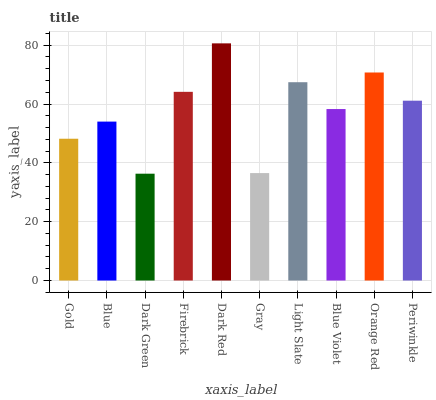
| xaxis_label | bars |
 | --- | --- |
 | Gold | 48.2 |
 | Blue | 54 |
 | Dark Green | 36.3 |
 | Firebrick | 64.1 |
 | Dark Red | 80.6 |
 | Gray | 36.5 |
 | Light Slate | 67.4 |
 | Blue Violet | 58.3 |
 | Orange Red | 70.7 |
 | Periwinkle | 61.1 |